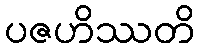
ပဇဟိဿတိ